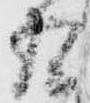
五